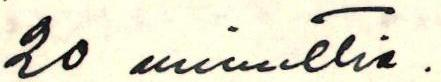
20 minuuttia.